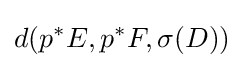
d(p^{*}E,p^{*}F,\sigma (D))